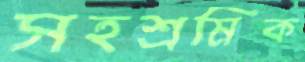
সহশ্রমিক